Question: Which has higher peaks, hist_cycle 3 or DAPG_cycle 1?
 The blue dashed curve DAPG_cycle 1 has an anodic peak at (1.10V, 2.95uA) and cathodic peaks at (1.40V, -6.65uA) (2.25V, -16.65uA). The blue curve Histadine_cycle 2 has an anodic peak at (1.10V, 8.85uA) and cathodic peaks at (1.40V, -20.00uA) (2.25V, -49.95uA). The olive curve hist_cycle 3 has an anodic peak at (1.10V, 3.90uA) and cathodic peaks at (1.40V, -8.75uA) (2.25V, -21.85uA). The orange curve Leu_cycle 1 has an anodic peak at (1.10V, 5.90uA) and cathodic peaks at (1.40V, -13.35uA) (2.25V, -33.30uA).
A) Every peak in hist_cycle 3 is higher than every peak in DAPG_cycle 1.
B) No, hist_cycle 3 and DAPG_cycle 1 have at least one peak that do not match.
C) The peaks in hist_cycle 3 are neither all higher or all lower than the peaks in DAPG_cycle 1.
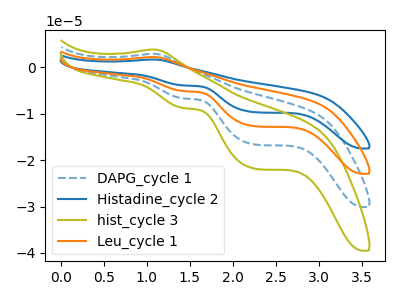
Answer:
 <answer>A) Every peak in "hist_cycle 3" is higher than every peak in "DAPG_cycle 1".</answer>
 <eval>A</eval>